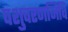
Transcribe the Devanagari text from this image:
पशुचरणजिवि